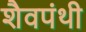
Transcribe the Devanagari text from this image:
शैवपंथी